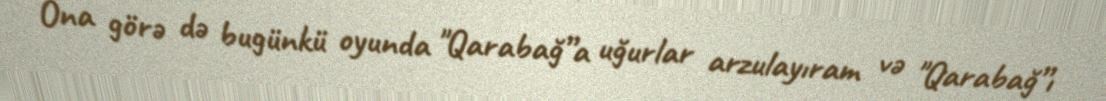
Ona görə də bugünkü oyunda "Qarabağ”a uğurlar arzulayıram və "Qarabağ”ı